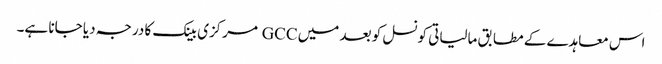
اس معاہدے کے مطابق مالیاتی کونسل کو بعد میں GCC مرکزی بینک کا درجہ دیا جانا ہے۔